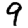
Digit: 9